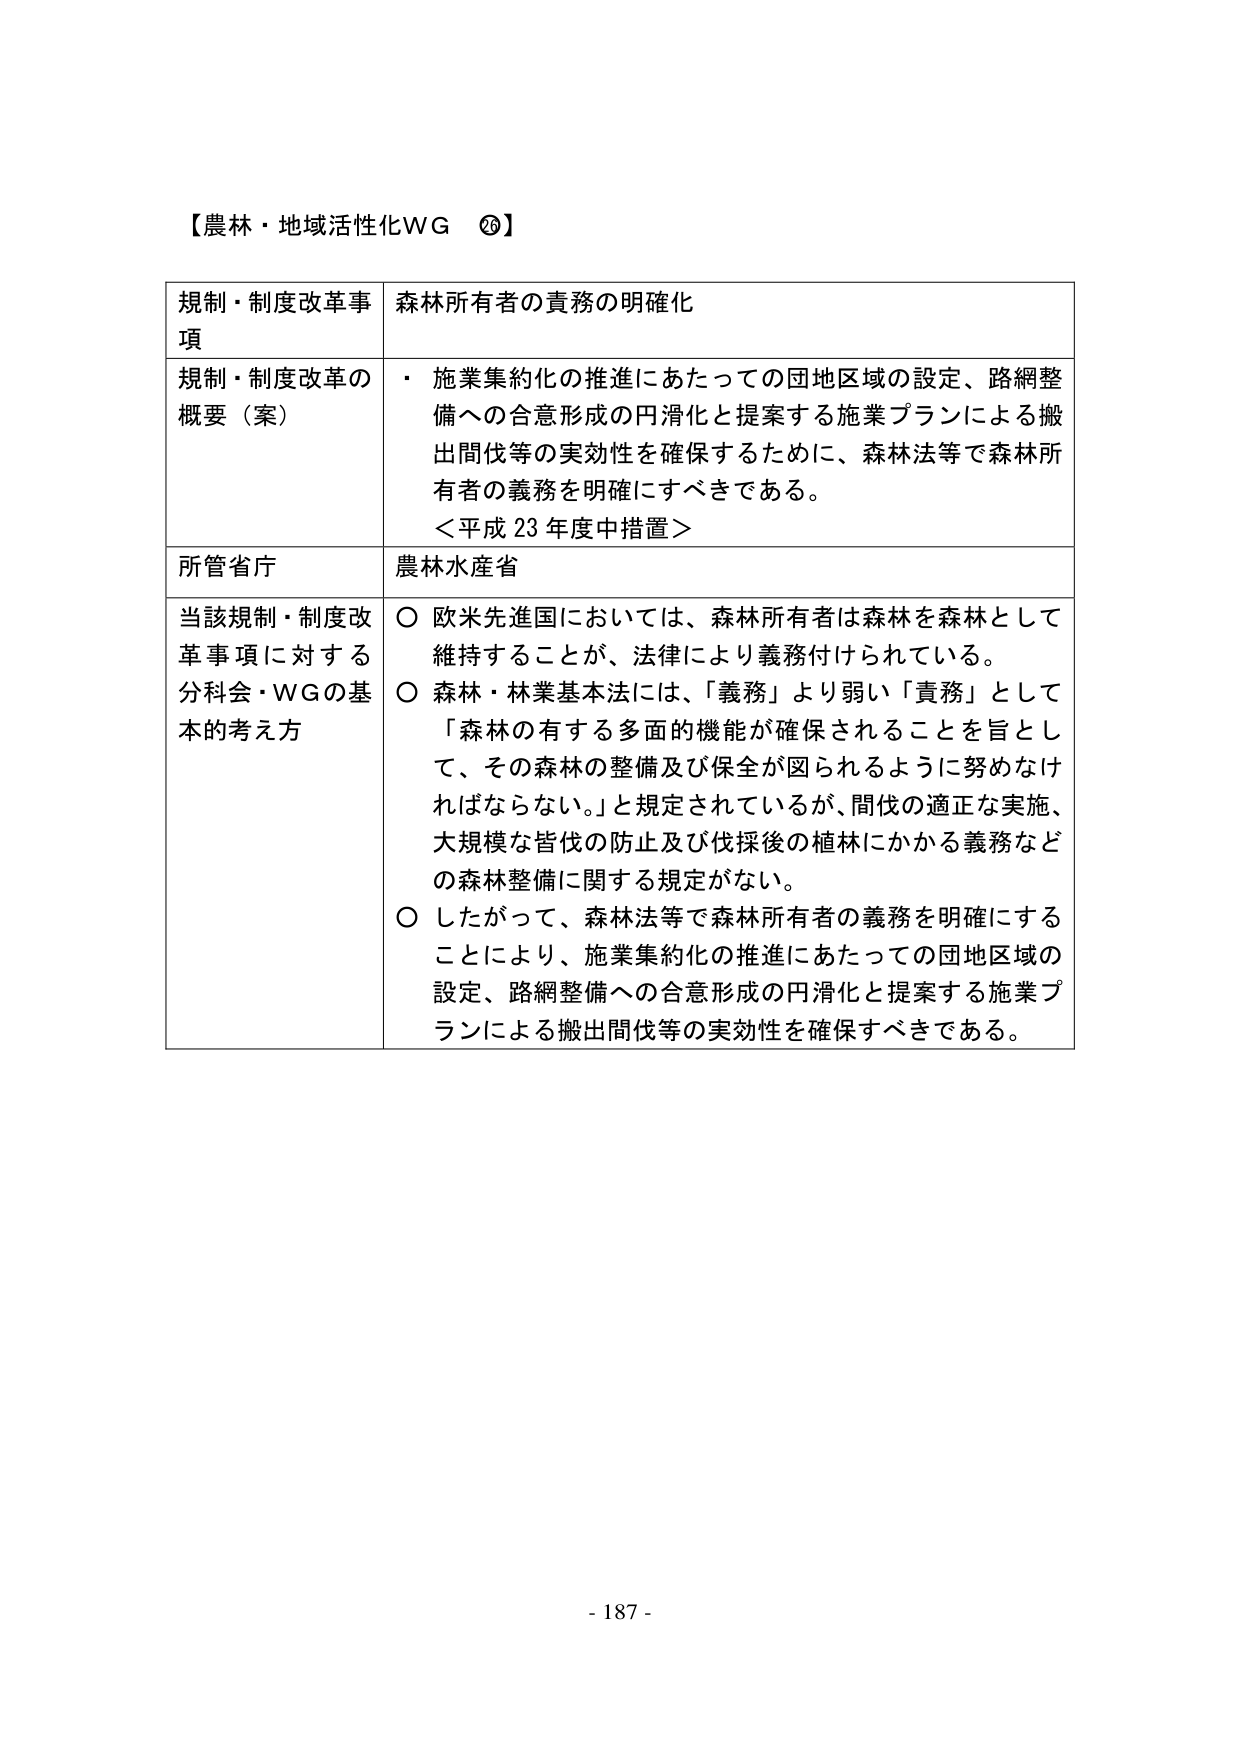
【農林・地域活性化ＷＧ ⑳】

規制・制度改革事項　森林所有者の責務の明確化

規制・制度改革の概要（案）　・ 施業集約化の推進にあたっての団地区域の設定、路網整備への合意形成の円滑化と提案する施業プランによる搬出間伐等の実効性を確保するために、森林法等で森林所有者の義務を明確にすべきである。
＜平成23年度中措置＞

所管省庁　農林水産省

当該規制・制度改革事項に対する分科会・ＷＧの基本的考え方　○ 欧米先進国においては、森林所有者は森林を森林として維持することが、法律により義務付けられている。
○ 森林・林業基本法には、「義務」より弱い「責務」として「森林の有する多面的機能が確保されることを旨として、その森林の整備及び保全が図られるように努めなければならない。」と規定されているが、間伐の適正な実施、大規模な皆伐の防止及び伐採後の植林にかかる義務などの森林整備に関する規定がない。
○ したがって、森林法等で森林所有者の義務を明確にすることにより、施業集約化の推進にあたっての団地区域の設定、路網整備への合意形成の円滑化と提案する施業プランによる搬出間伐等の実効性を確保すべきである。

- 187 -